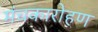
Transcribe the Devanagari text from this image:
मंचकारोहण